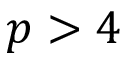
p > 4